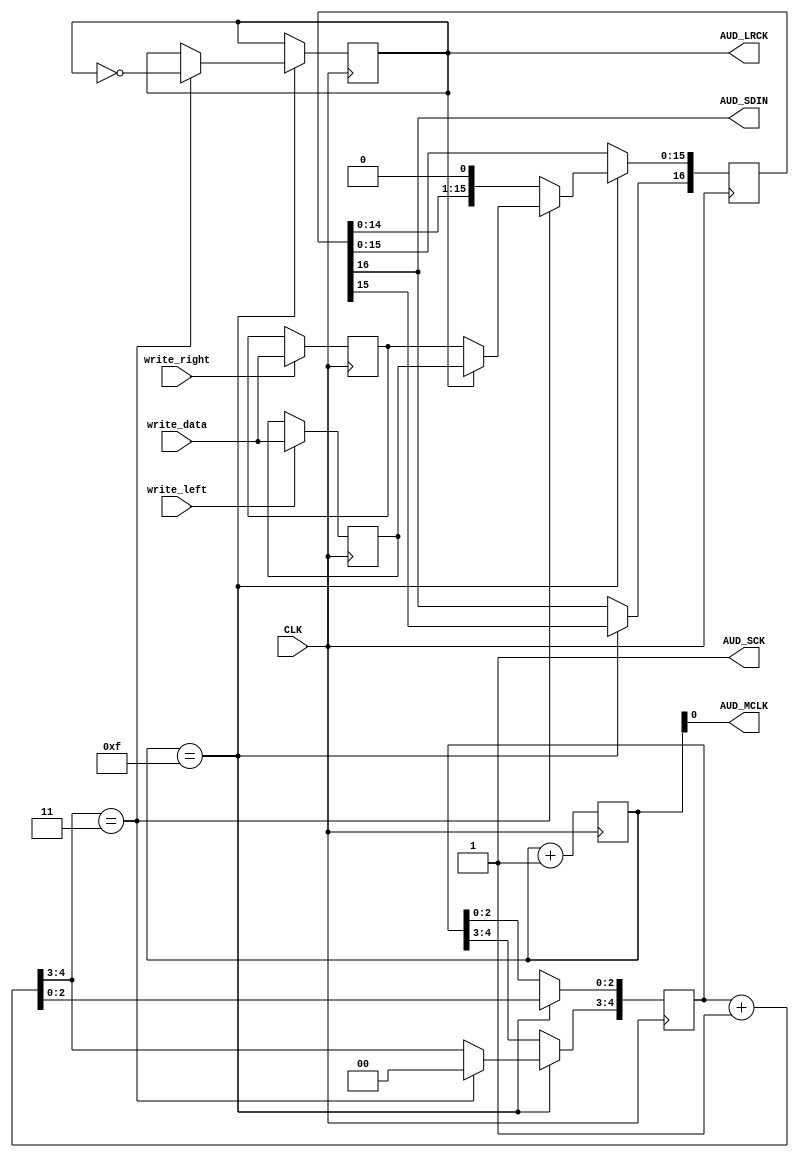
module SoundDriver(input CLK, input [15:0] write_data, input write_left, input write_right,
                   output AUD_MCLK, output AUD_LRCK, output AUD_SCK, output AUD_SDIN);
  reg lrck;
  reg [15:0] leftbuf;
  reg [15:0] rightbuf;
  reg [16:0] currbuf;
  reg [3:0] sclk_div;
  reg [4:0] bitcnt_24;   // Counts 0-23
  wire [4:0] bitcnt_24_new = bitcnt_24 + 1;
  always @(posedge CLK) begin
    // Buffer one sample of each channel.
    if (write_left)  leftbuf <= write_data;
    if (write_right) rightbuf <= write_data;
    // Divide 24MHz by 16 to produce the SCLK frequency (48 * 32000) as well
    // as the 12MHz MCLK frequency.
    sclk_div <= sclk_div + 1;
    // Output new bits on the falling edge of MCLK so that values are
    // stable once MCLK rises.
    if (sclk_div == 4'b1111) begin
      // This runs at the SCLK frequency. Output next bit.
      currbuf <= {currbuf[15:0], 1'b0};
      bitcnt_24 <= bitcnt_24_new;
      if (bitcnt_24_new[4:3] == 2'b11) begin
        bitcnt_24[4:3] <= 2'b00; // 24 -> 0
        lrck <= !lrck;
        currbuf[15:0] <= lrck ? leftbuf : rightbuf;
      end
    end
  end
  assign AUD_MCLK = sclk_div[0];
  assign AUD_SCK = 1; // Internal emphasis turned off
  assign AUD_SDIN = currbuf[16];
  assign AUD_LRCK = lrck;
endmodule